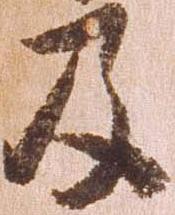
及